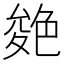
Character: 𦫝